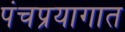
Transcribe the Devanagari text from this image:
पंचप्रयागात